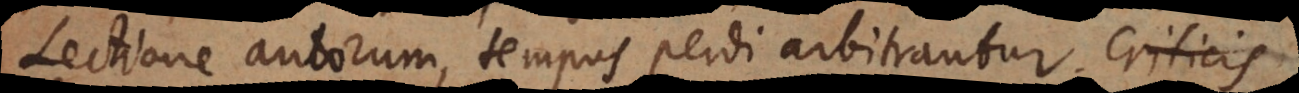
Lectione autorum, tempus perdi arbitrantur. Criticis